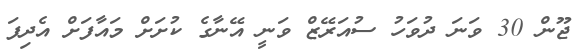
ޖޫން 30 ވަނަ ދުވަހު ސުއަރޭޒް ވަނީ އޭނާގެ ކުށަށް މައާފަށް އެދިފަ